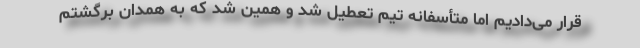
قرار می‌دادیم اما متأسفانه تیم تعطیل شد و همین شد که به همدان برگشتم